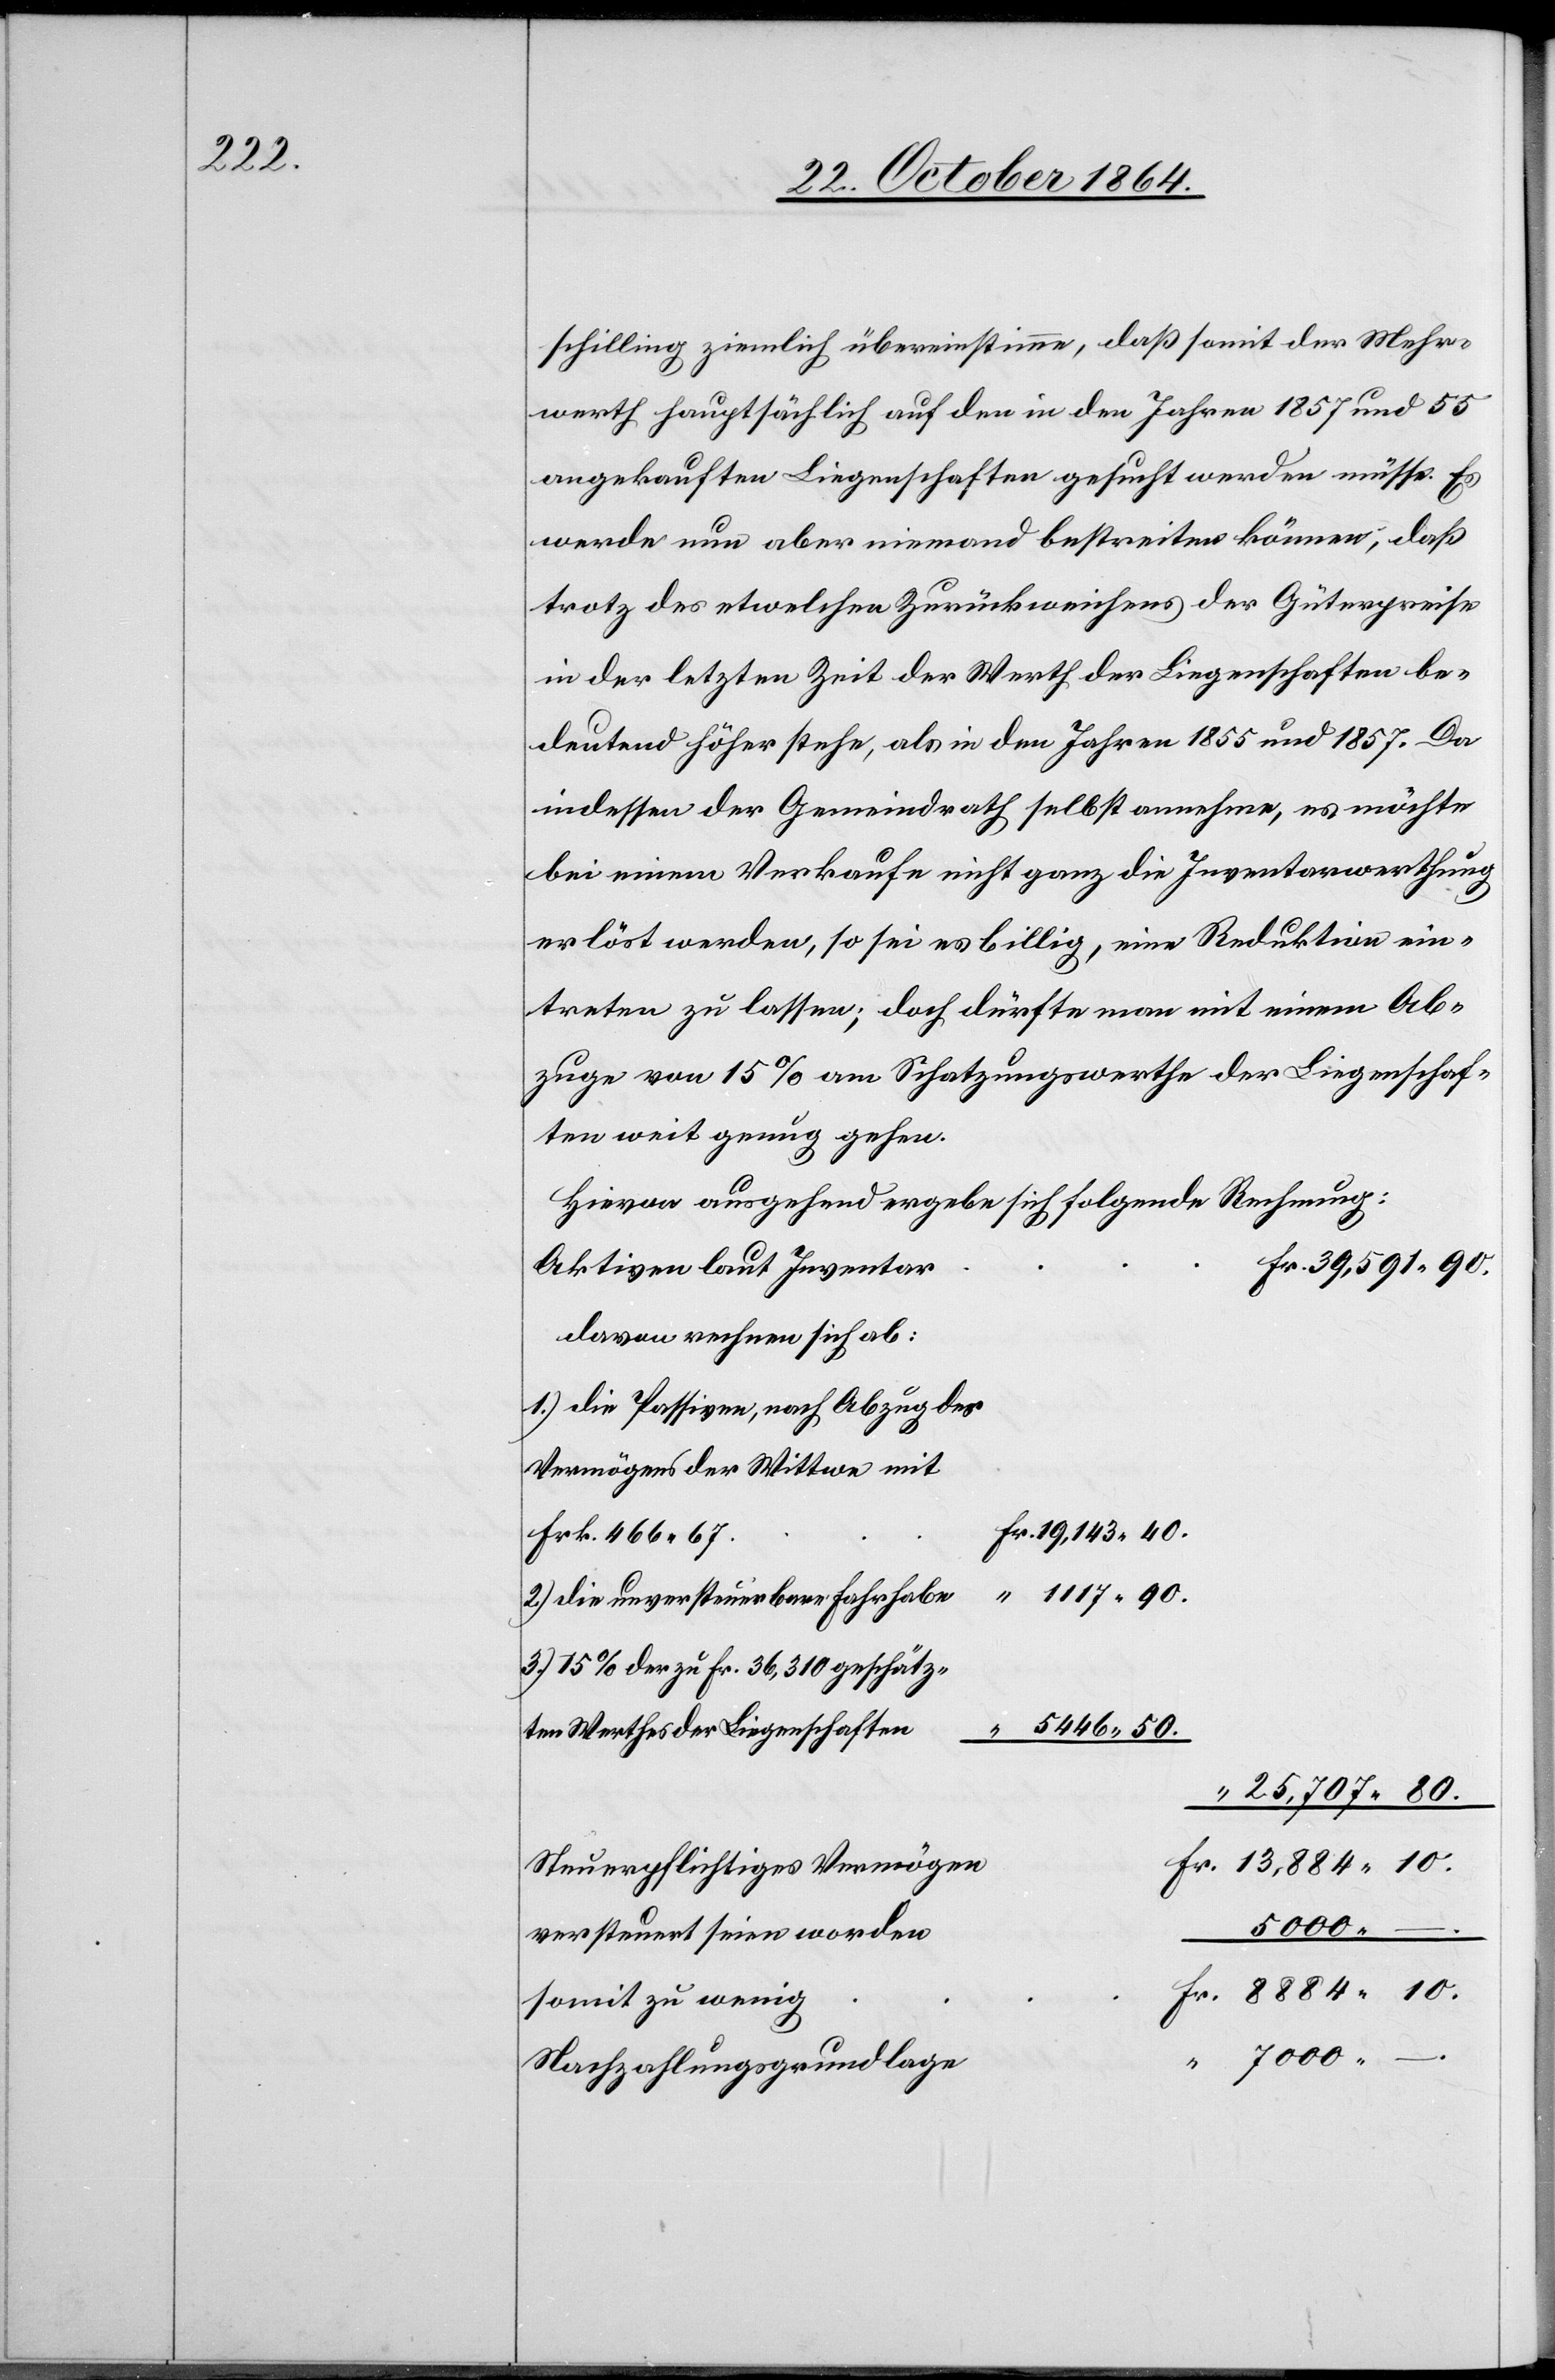
schilling ziemlich übereinstimme, daß somit der Mehr¬
werth hauptsächlich auf den in den Jahren 1857 und 55
angekauften Liegenschaften gesucht werden müsse. Es
werde nun aber niemand bestreiten können, daß
trotz des etwelchen Zurückweichens der Güterpreise
in der letzten Zeit der Werth der Liegenschaften be¬
deutend höher stehe, als in den Jahren 1855 und 1857. Da
indessen der Gemeindrath selbst annehme es möchte
bei einem Verkaufe nicht ganz die Inventarwerthung
erlöst werden, so sei es billig, eine Reduktion ein¬
treten zu lassen; doch dürfte man mit einem Ab¬
zuge von 15% am Schatzungswerthe der Liegenschaf¬
ten weit genug gehen.
Hievon ausgehend ergebe sich folgende Rechnung:
Aktiven laut Inventar
davon rechnen sich ab:
1.) die Passiven, nach Abzug des
Vermögens der Wittwe mit
Fr. 466.67
1117.90.
2.) die unversteuerbare Fahrhabe
der [sic!] zu Fr. 36,310 geschätz¬
5446.50.
ten Werthes der Liegenschaften
25,707.80.
Steuerpflichtiges Vermögen
7000. –.
versteuert seien worden
somit zu wenig
Nachzahlungsgrundlage